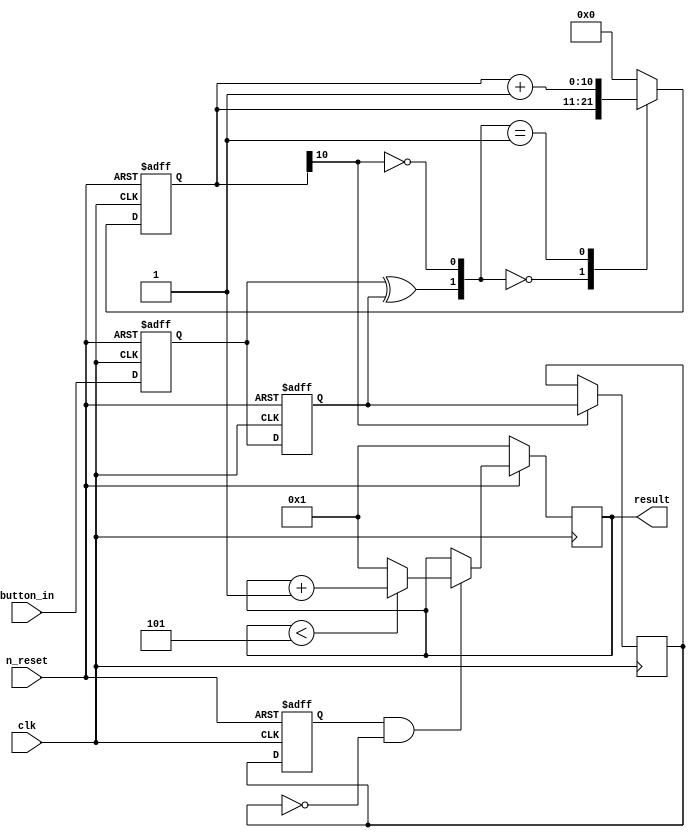
`timescale 1ns / 1ps
//////////////////////////////////////////////////////////////////////////////////
// Company: 
// Engineer: 
// 
// Design Name: 
// Module Name: counter_n
// Project Name: 
// Target Devices: 
// Tool Versions: 
// Description: 
// 
// Dependencies: 
// 
// Revision:
// Revision 0.01 - File Created
// Additional Comments:
// 
//////////////////////////////////////////////////////////////////////////////////


module counter_n(
input   clk, n_reset, button_in,        // inputs
//output [7:0]anode,
//    output reg [6:0]seg_data
output [3:0]result
      
    );
     reg DB_out;
      reg [3:0] counter;

      reg [3:0] counter_reg;

    parameter N = 11 ;      
  
    reg  [N-1 : 0]  delaycount_reg;                     
    reg  [N-1 : 0]  delaycount_next;
      
    reg DFF1, DFF2;                                 
    wire q_add;                                     
    wire q_reset;
  
 
 reg  delay_reg ;
 wire level_out;
  
        always @ ( posedge clk or negedge n_reset )
        begin
            if(n_reset ==  0)
                begin
                    DFF1 <= 1'b0;
                    DFF2 <= 1'b0;
                    delay_reg  <=  1'b0;
 
                    delaycount_reg <= { N {1'b0} };
                end
            else
                begin
                    DFF1 <= button_in;
                    DFF2 <= DFF1;
                    delaycount_reg <= delaycount_next;
                         
                     
                     
                    delay_reg  <=  DB_out;
                end
        end
      
      
    assign q_reset = (DFF1  ^ DFF2); 
                                       
    assign  q_add = ~(delaycount_reg[N-1]);        
      
  
    always @ ( q_reset, q_add, delaycount_reg)
        begin
            case( {q_reset , q_add})
                2'b00 :
                        delaycount_next <= delaycount_reg;
                2'b01 :
                        delaycount_next <= delaycount_reg + 1;
                default :
                        delaycount_next <= { N {1'b0} };
            endcase   
        end
      
      
    always @ ( posedge clk )
        begin
            if(delaycount_reg[N-1] == 1'b1)
                    DB_out <= DFF2;
            else
                    DB_out <= DB_out;
        end
          
     
    assign  level_out  =  (delay_reg)  &  (~DB_out);     
    
              
 
     
    always @(posedge  clk )
     
    if ( n_reset == 0)
    counter <= 1;
 
    else if ( level_out == 1'b1)
    begin
    if (counter  < 5)
    counter <= counter +1;
    else counter <= 1;
    end
     
 
     
//always @(counter)
//case (counter)
//4'b0000:seg_data=7'b1000000;
//4'b0001:seg_data=7'b1111001;
//4'b0010:seg_data=7'b0100100;
//4'b0011:seg_data=7'b0110000;
//4'b0100:seg_data=7'b0011001;
//4'b0101:seg_data=7'b0010010;
//4'b0110:seg_data=7'b0000010;
//4'b0111:seg_data=7'b1111000;
//4'b1000:seg_data=7'b0000000;
//4'b1001:seg_data=7'b0010000;
//default:seg_data=7'b1111110;
//endcase
//assign anode=8'b11111110;
assign result = counter;
          
endmodule